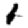
Digit: 1